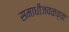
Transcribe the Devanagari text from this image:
समाधीजवळच्या